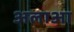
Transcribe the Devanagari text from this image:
अलाआ